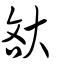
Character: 𡘯